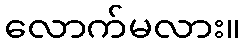
လောက်မလား။